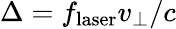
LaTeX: \Delta=f_{\mathrm{laser}}v_{\perp}/c